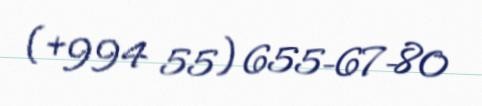
(+994 55) 655-67-80